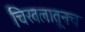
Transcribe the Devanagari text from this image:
चिखलातूनच